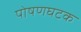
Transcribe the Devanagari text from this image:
पोषणघटक